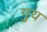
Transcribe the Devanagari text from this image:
गुय